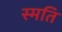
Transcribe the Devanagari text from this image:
स्मति